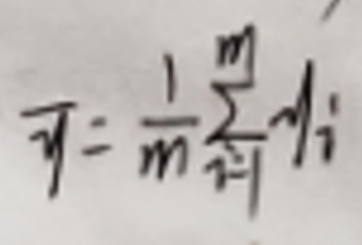
\(\overline{y} = \frac{1}{m} \sum_{i = 1}^{m} y_{i}\)